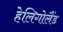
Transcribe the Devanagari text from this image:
हेलिगोलैंड